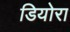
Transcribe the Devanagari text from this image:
डियोरा